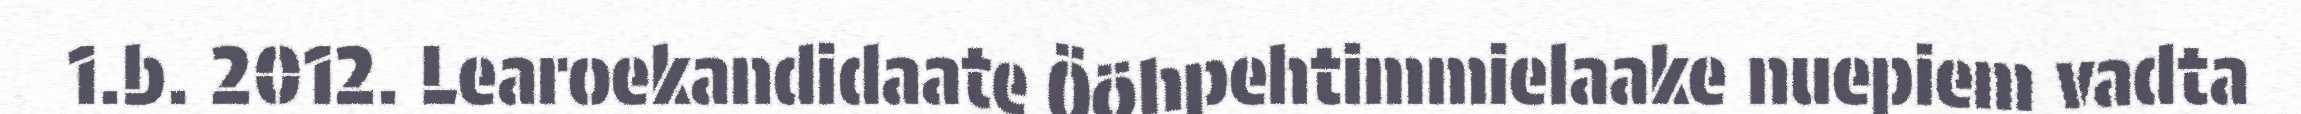
1.b. 2012. Learoekandidaate Ööhpehtimmielaake nuepiem vadta